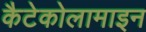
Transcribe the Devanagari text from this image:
कैटेकोलामाइन